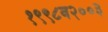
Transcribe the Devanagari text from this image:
१९९८व२००३